Scottish Leaving Certificate Examination, 1960
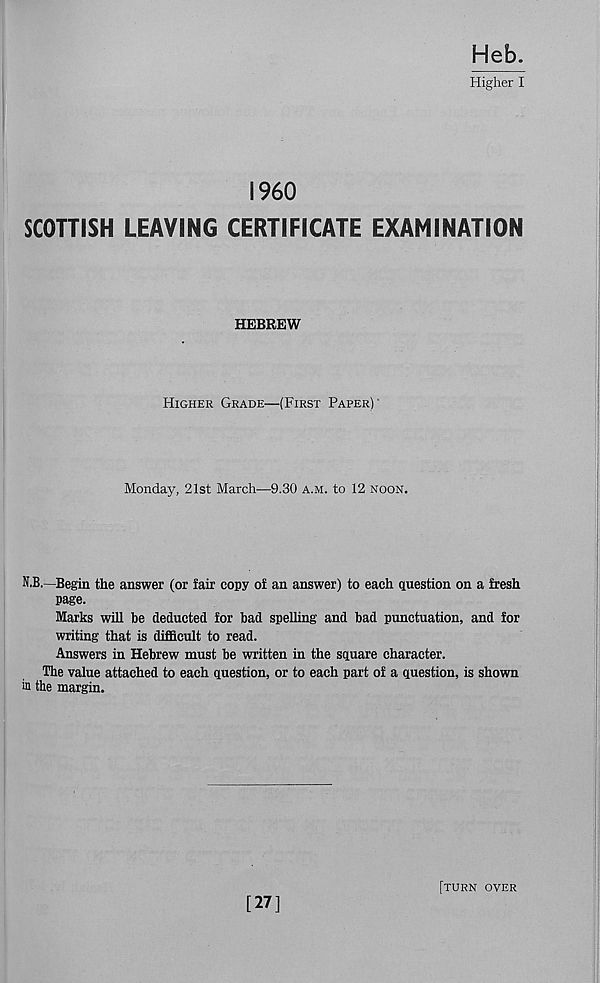
Heb.
Higher I
I960
SCOTTISH LEAVING CERTIFICATE EXAMINATION
HEBREW
Higher Grade—(First Paper)
Monday, 21st March—9.30 a.m. to 12 noon.
N.B.—Begin the answer (or fair copy of an answer) to each question on a fresh
page.
Marks will be deducted for bad spelling and bad punctuation, and for
writing that is difficult to read.
Answers in Hebrew must be written in the square character.
The value attached to each question, or to each part of a question, is shown
in the margin.
[27]
[turn over